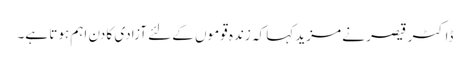
ڈاکٹر قیصر نے مزید کہا کہ زندہ قوموں کے لئے آزادی کا دن اہم ہوتا ہے۔